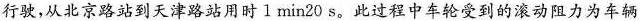
行驶，从北京路站到天津路站用时1 min20 s。此过程中车轮受到的滚动阻力为车辆